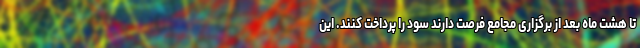
تا هشت ماه بعد از برگزاری مجامع فرصت دارند سود را پرداخت کنند. این